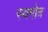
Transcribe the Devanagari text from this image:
स्वगोत्र